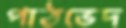
পাঠভেদ